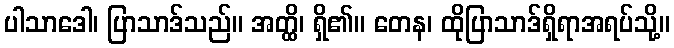
ပါသာဒေါ၊ ပြာသာဒ်သည်။ အတ္ထိ၊ ရှိ၏။ တေန၊ ထိုပြာသာဒ်ရှိရာအရပ်သို့။